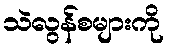
သဲလွန်စများကို